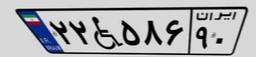
۱۵W۲۵۴۶۳